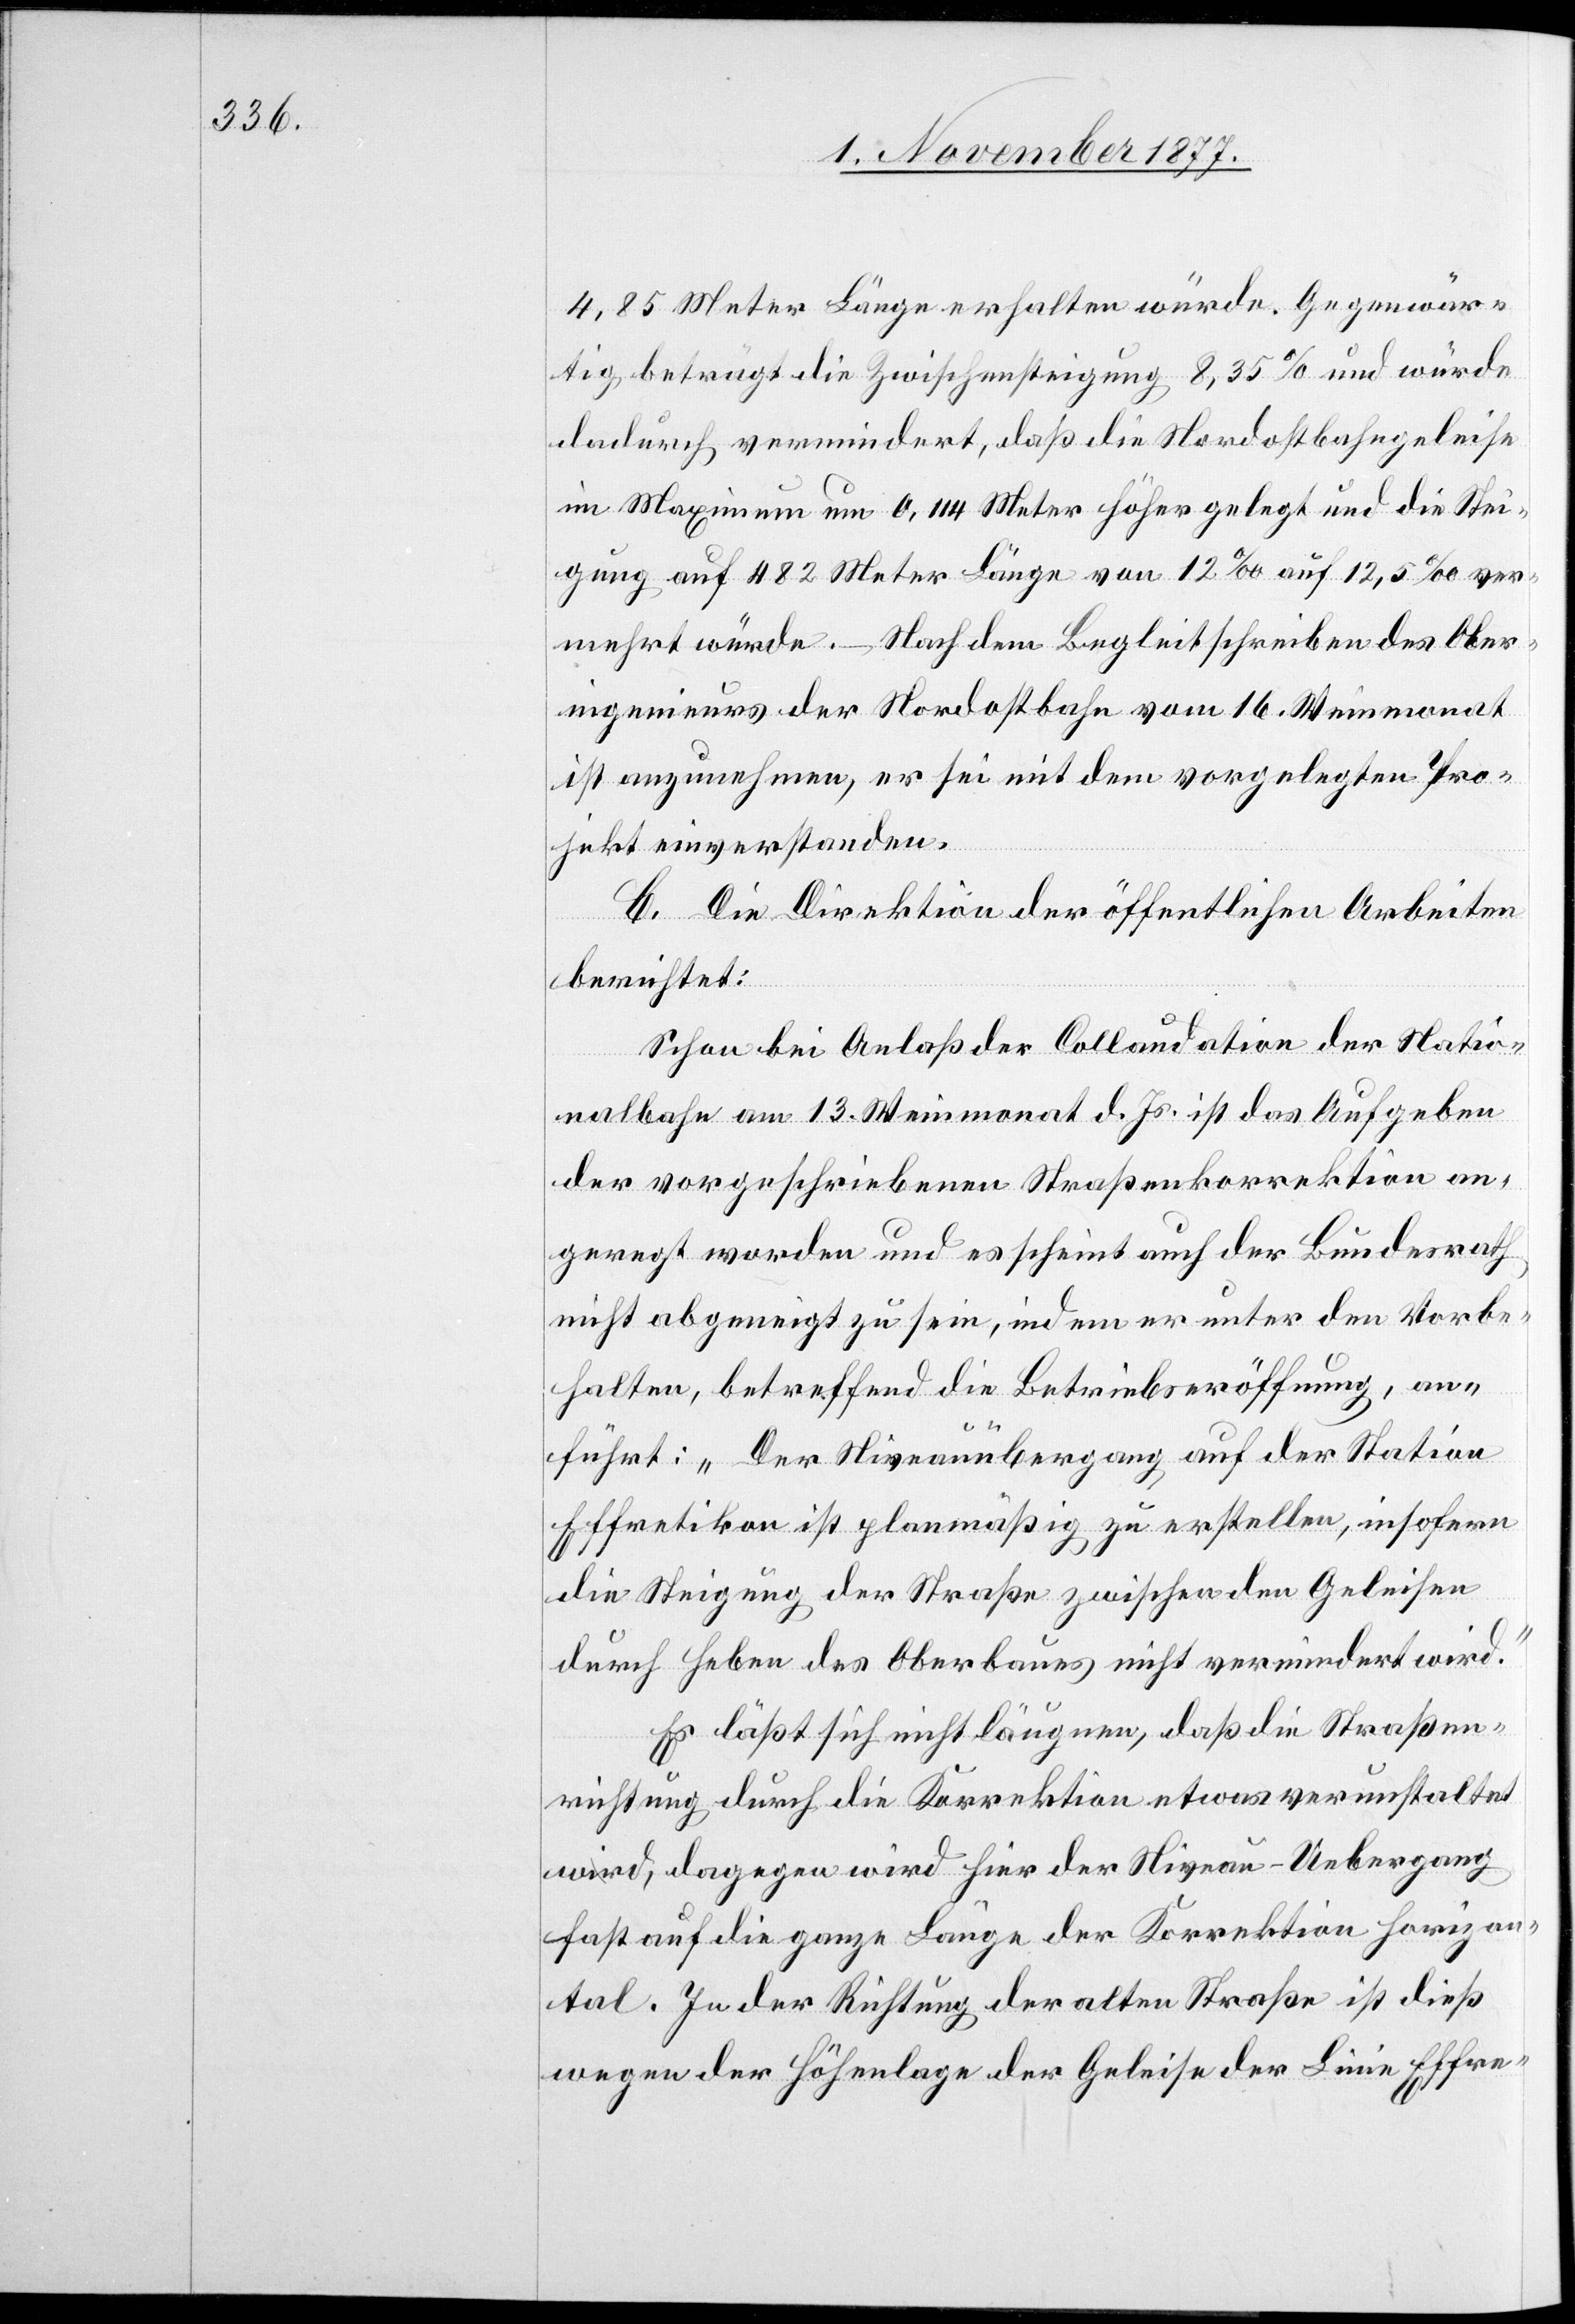
4,85 Meter Länge erhalten würde. Gegenwär¬
tig beträgt die Zwischensteigung 8,35% und würde
dadurch vermindert, daß die Nordostbahngeleise
im Maximum um 0,114 Meter höher gelegt und die Stei¬
gung auf 482 Meter Länge von 12‰ auf 12,5‰ ver¬
mehrt würde. – Nach dem Begleitschreiben des Ober¬
ingenieurs der Nordostbahn vom 16. Weinmonat
ist anzunehmen, er sei mit dem vorgelegten Pro¬
jekt einverstanden.
C. Die Direktion der öffentlichen Arbeiten
berichtet:
Schon bei Anlaß der Collaudation der Natio¬
nalbahn am 13. Weinmonat d. Js. ist das Aufgeben
der vorgeschriebenen Straßenkorrektion an¬
geregt worden und es scheint auch der Bundesrath
nicht abgeneigt zu sein, indem er unter den Vorbe¬
halten, betreffend die Betriebseröffnung, an¬
führt: „Der Niveauübergang auf der Station
Effretikon ist planmäßig zu erstellen, insofern
die Steigung der Straße zwischen den Geleisen
durch Heben des Oberbaues nicht vermindert wird.“
Es läßt sich nicht läugnen, daß die Straßen¬
richtung durch die Korrektion etwas verunstaltet
wird, dagegen wird hier der Niveau-Uebergang
fast auf die ganze Länge der Korrektion horizon¬
tal. In der Richtung der alten Straße ist dieß
wegen der Höhenlage der Geleise der Linie Effre-